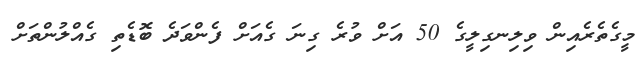
މީގެތެރެއިން ވިލިނގިލީގެ 50 އަށް ވުރެ ގިނަ ގެއަށް ފެންވަދެ ބޮޑެތި ގެއްލުންތަށް